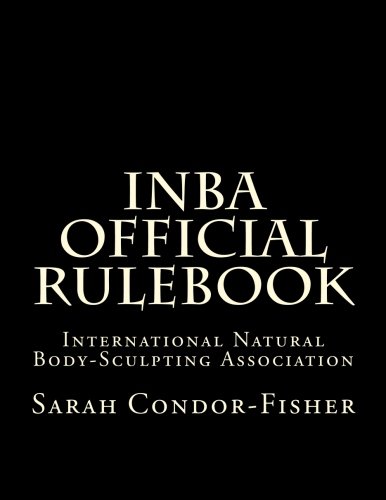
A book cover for INBA Official Rulebook: International Natural Body-Sculpting Association; Sarah P Condor-Fisher Ph.D.; Health, Fitness & Dieting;